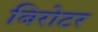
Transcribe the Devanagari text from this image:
बिरोटर